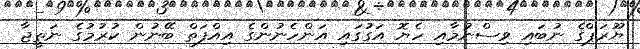
ޔޫރަޕްގެ ނުބައި ވިސްނުމާއި ހެޔޮ އަގުގައި އަންހެނުންގެ އިއްފަތް ބޭނުން ކުރުމުގެ ނަތީޖާ